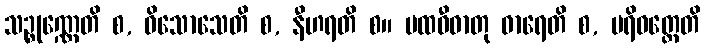
သဉ္စုဏ္ဏေတိ စ, ဝိသောသေတိ စ, နီဟရတိ စ။ ပထဝီဓာတု ဓာရေတိ စ, ပရိဝတ္တေတိ